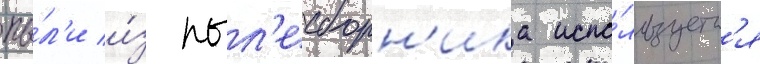
пы́л'и и́з пыл'есборн'ика испо́льзуетс'я